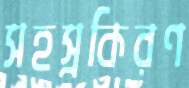
সহস্রকিরণ